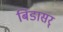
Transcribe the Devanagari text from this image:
बिडासर्